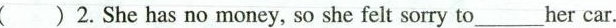
( )2.She has no money, so she felt sorry to___her car.